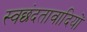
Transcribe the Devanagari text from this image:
स्वछंदतावादियों